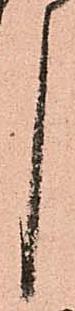
候